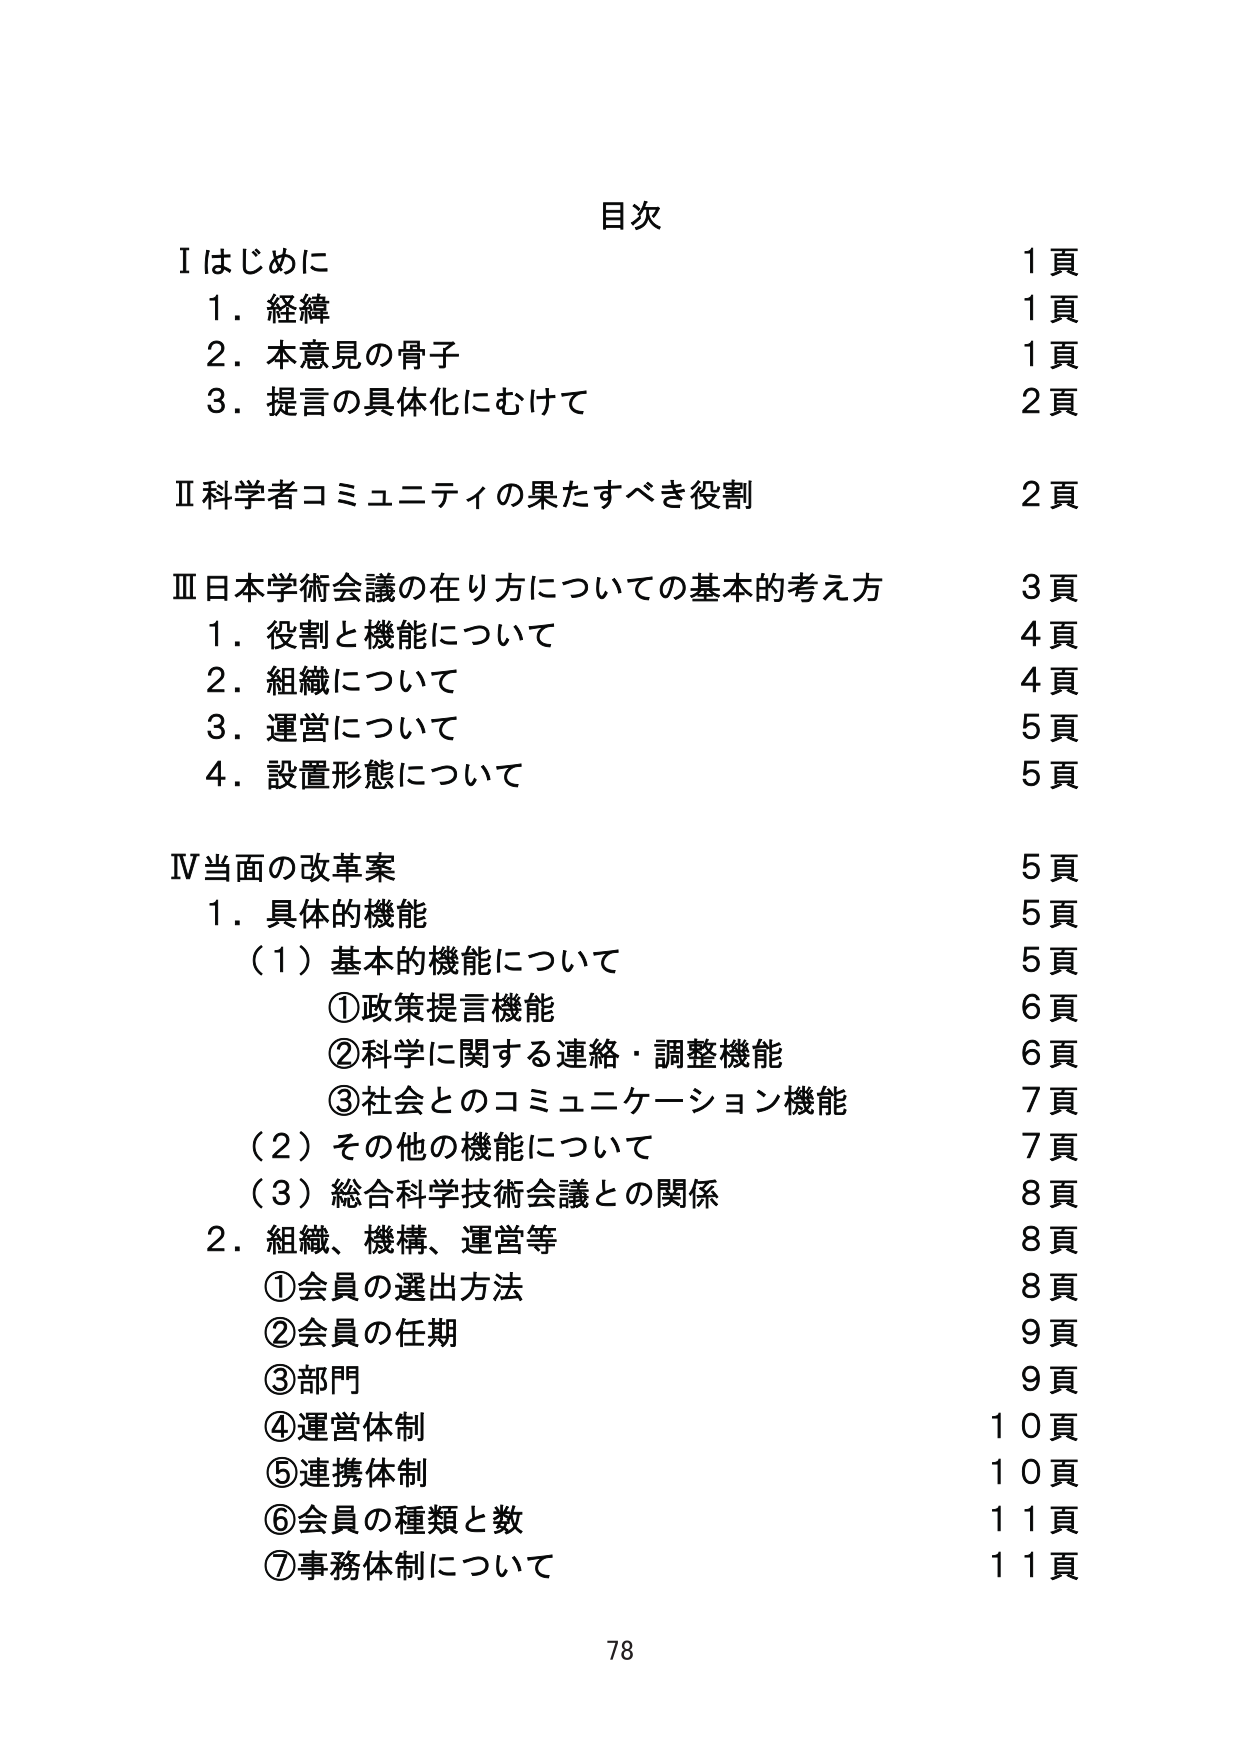
目次

Ⅰ はじめに 1頁
　1．経緯 1頁
　2．本意見の骨子 1頁
　3．提言の具体化にむけて 2頁

Ⅱ 科学者コミュニティの果たすべき役割 2頁

Ⅲ 日本学術会議の在り方についての基本的考え方 3頁
　1．役割と機能について 4頁
　2．組織について 4頁
　3．運営について 5頁
　4．設置形態について 5頁

Ⅳ 当面の改革案 5頁
　1．具体的機能 5頁
　　（1）基本的機能について 5頁
　　　①政策提言機能 6頁
　　　②科学に関する連絡・調整機能 6頁
　　　③社会とのコミュニケーション機能 7頁
　　（2）その他の機能について 7頁
　　（3）総合科学技術会議との関係 8頁
　2．組織、機構、運営等 8頁
　　　①会員の選出方法 8頁
　　　②会員の任期 9頁
　　　③部門 9頁
　　　④運営体制 10頁
　　　⑤連携体制 10頁
　　　⑥会員の種類と数 11頁
　　　⑦事務体制について 11頁

78